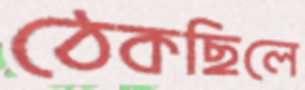
ঠেকছিলে